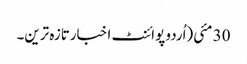
30 مئی(اُردو پوائنٹ اخبارتازہ ترین۔